system: You are a helpful assistant.
user:
Analyze the provided spectrum to determine if it is a **M-type Giant (gM)**.

A M-type Giant spectrum is defined by its **strong molecular absorption** features, particularly from **Titanium Oxide (TiO)**. You must check for one of the following mutually exclusive signatures:

- **Key Visual Indicators (Absorption-Dominated Spectrum):**

    - **(Primary):** The spectrum is dominated by strong molecular absorption from **Titanium Oxide (TiO)**. This is the **defining feature** of its M-type temperature class.
        - **(Key Bandheads):** Look for sharp, "saw-tooth" absorption valleys. The strongest are located near **~7050 Å**, **~6160 Å**, and **~5170 Å**.
        - **(Line Profile):** The "saw-tooth" morphology is critical: a **sharp, steep drop on the BLUE (short-wavelength) side** of the bandhead, followed by a gradual recovery (rising flux) towards the RED (long-wavelength) side.

    - **(Key Confirmation - Giant vs. Dwarf):** **ABSENCE** of strong **Calcium Hydride (CaH)** molecular bands. This is the primary diagnostic for *excluding* M-dwarfs.
        - **(Key Region):** The spectrum should lack the strong, broad absorption band seen in dwarfs between **~6800 Å and ~7000 Å**.

    - **(Secondary Confirmation - Giant):** A very strong and broad **Neutral Calcium (Ca I)** atomic absorption line.
        - **(Key Line):** Located at **~4226 Å**. In a giant (gM), this line is significantly deeper and broader than the same line in an M-dwarf (dM) due to low surface gravity.

    - **(Overall Spectrum):**
        - The continuum is **extremely red-sloping** (i.e., flux is very low in the blue and rises dramatically towards the red).
        - The entire spectrum appears "chopped up" by the deep TiO bands.

Think first, call **spectral_visualization_tool** if needed to examine features in detail, then provide your final answer. Your response must adhere to the following strict rules:
1.  **Overall Structure:** Your response must follow the format `<think>...</think> <tool_call>...</tool_call> (if a tool is used) <answer>...</answer>`.
2.  **Tool Usage Constraint:** You may only make **one** tool call per turn.
3.  **Final Answer Format:** In the `<answer>` tag, your conclusion must be inside a `\boxed{}` command (e.g., `\boxed{YES}` or `\boxed{NO}`), followed by your justification.

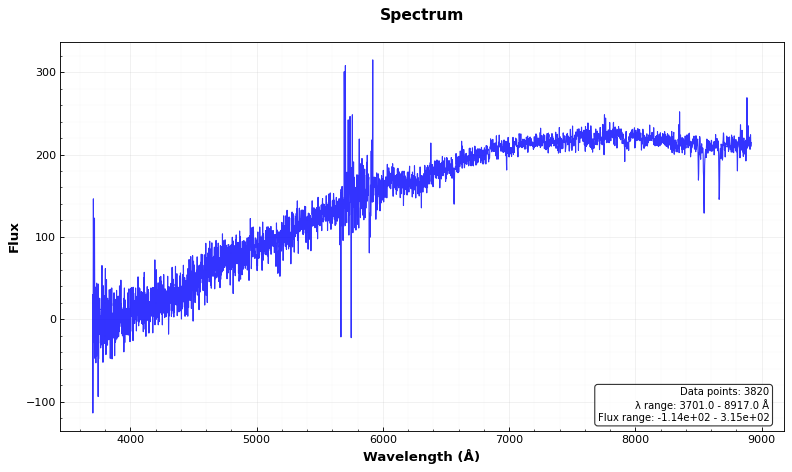
Answer: NO